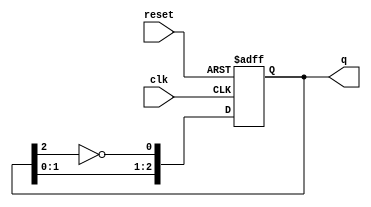
module modified_johnson_counter (
    input wire clk,          // Clock input
    input wire reset,        // Asynchronous reset input
    output reg [2:0] q       // 3-bit output for the counter
);

// Always block triggered on the rising edge of the clock or on reset
always @(posedge clk or posedge reset) begin
    if (reset) begin
        q <= 3'b000;         // Initialize counter to 000 on reset
    end else begin
        // Modified Johnson Counter logic
        q[0] <= ~q[2];       // First flip-flop takes inverted output of last flip-flop
        q[1] <= q[0];        // Second flip-flop takes output of first flip-flop
        q[2] <= q[1];        // Third flip-flop takes output of second flip-flop
    end
end

endmodule